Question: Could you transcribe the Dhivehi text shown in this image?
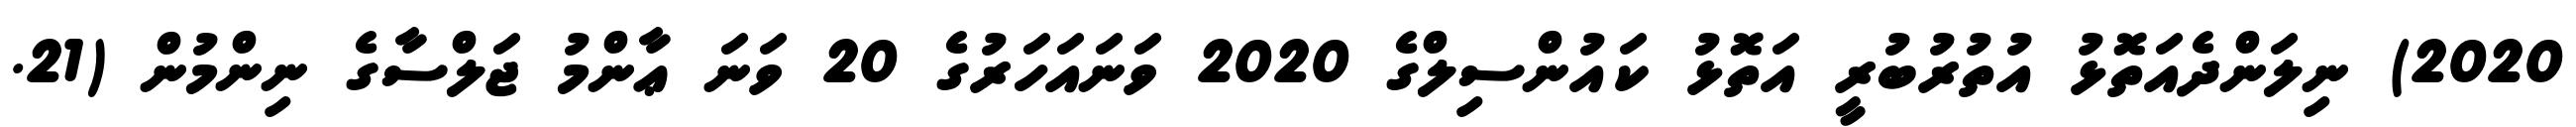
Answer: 2020) ނިލަންދެއަތޮޅު އުތުރުބުރީ އަތޮޅު ކައުންސިލްގެ 2020 ވަނައަހަރުގެ 20 ވަނަ ޢާންމު ޖަލްސާގެ ނިންމުން (21.